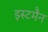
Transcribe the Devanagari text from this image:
इस्टमैन